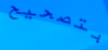
بتصحيح